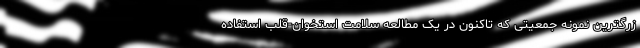
زرگترین نمونه جمعیتی که تاکنون در یک مطالعه سلامت استخوان-قلب استفاده